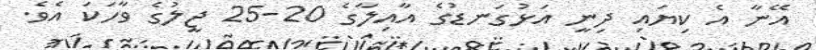
އޭނާ އެ ކިޔައި ދިނީ އަޅުގަނޑުގެ އާއިލާގެ 20-25 ޖީލުގެ ވާހަކަ އެވެ.